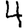
Digit: 4